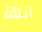
انها